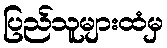
ပြည်သူများထံမှ